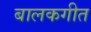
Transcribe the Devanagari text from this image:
बालकगीत